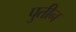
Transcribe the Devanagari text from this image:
पुतीन